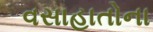
વસાહાતોના